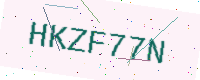
Text: HKZF77N